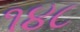
૧૪૮